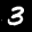
Label: 3